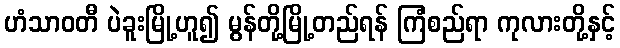
ဟံသာဝတီ ပဲခူးမြို့ဟူ၍ မွန်တို့မြို့တည်ရန် ကြံစည်ရာ ကုလားတို့နှင့်